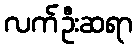
လက်ဦးဆရာ